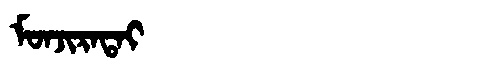
Manchu: ᠮᠣᠨᠵᡳᡵᠠᡨᠠᡳ
Romanization: MONJIRATAI